Annual administration and progress report of the Indian Medical Department, Bombay
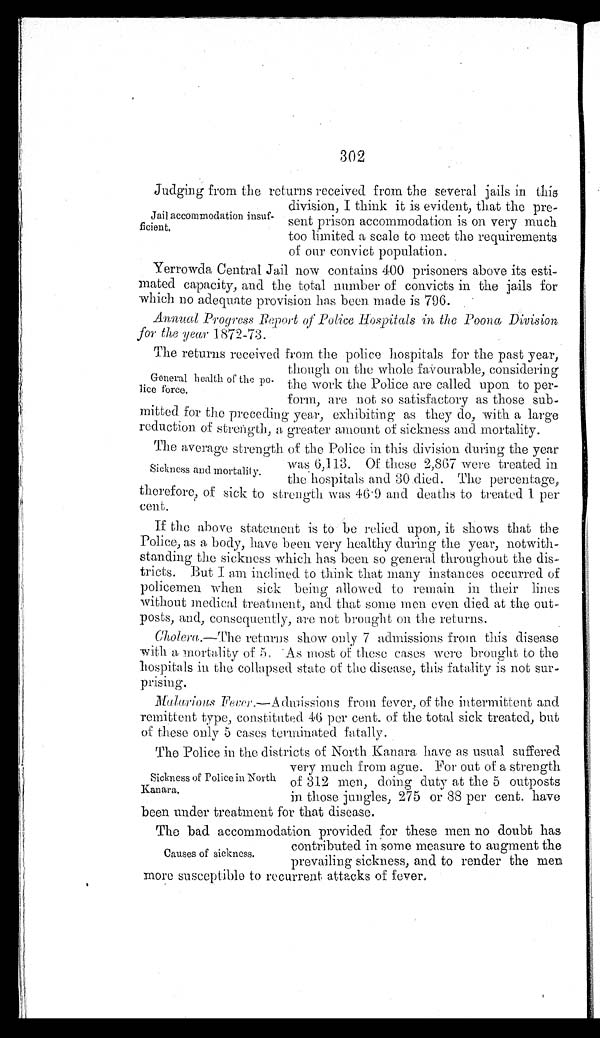
302
Judging from the returns received from the several jails in this
division, I think it is evident, that the pre
-sent prison accommodation is on very much
too limited a scale to meet the requirements
of our convict population.
Yerrowda Central Jail now contains 400 prisoners above its esti
-mated capacity, and the total number of convicts in the jails for
which no adequate provision has been made is 796.
Annual Progress Report of Police Hospitals in the Poona Division
for the year 1872-73.
Jail accommodation insuf-
ficient.
The returns received from the police hospitals for the past year,
though on the whole favourable, considering
the work the Police are called upon to per
-form, are not so satisfactory as those sub
-mitted for the preceding year, exhibiting as they do, with a large
reduction of strength, a greater amount of sickness and mortality.
The average strength of the Police in this division during the year
was 6,113. Of these 2,867 were treated in
the hospitals and 30 died. The percentage,
therefore, of sick to strength was 46.9 and deaths to treated 1 per
cent.
If the above statement is to be relied upon, it shows that the
Police, as a body, have been very healthy during the year, notwith
-standing the sickness which has been so general throughout the dis
-tricts. But I am inclined to think that many instances occurred of
policemen when sick being allowed to remain in their lines
without medical treatment, and that some men even died at the out
-posts, and, consequently, are not brought on the returns.
Cholera .—The returns show only 7 admissions from this disease
with a mortality of 5. As most of these cases were brought to the
hospitals in the collapsed state of the disease, this fatality is not s
u r - p r i s i n g .
Malarious Fever.—Admissions from fever, of the intermittent and
remittent type, constituted 40 per cent. of the total sick treated, but
of these only 5 cases terminated fatally.
The Police in the districts of North Kanara have as usual suffered
very much from ague. For out of a strength
of 312 men, doing duty at the 5 outposts
in those jungles, 275 or 88 per cent. have
been under treatment for that disease.
The bad accommodation provided for these men no doubt has
contributed in some measure to augment the
prevailing sickness, and to render the men
more susceptible to recurrent attacks of fever.
General health of the po
-lice force.
Sickness and mortality.
Sickness of Police in North
Kanara.
Causes of sickness.